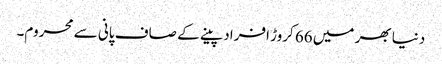
دنیا بھر میں 66 کروڑ افراد پینے کے صاف پانی سے محروم۔